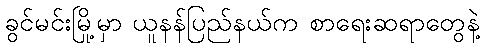
ခွင်မင်းမြို့မှာ ယူနန်ပြည်နယ်က စာရေးဆရာတွေနဲ့